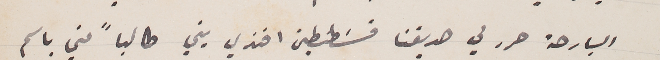
البارحة حرر لي صديقنا قسَطنطين افندي يني طالباً مني باسم